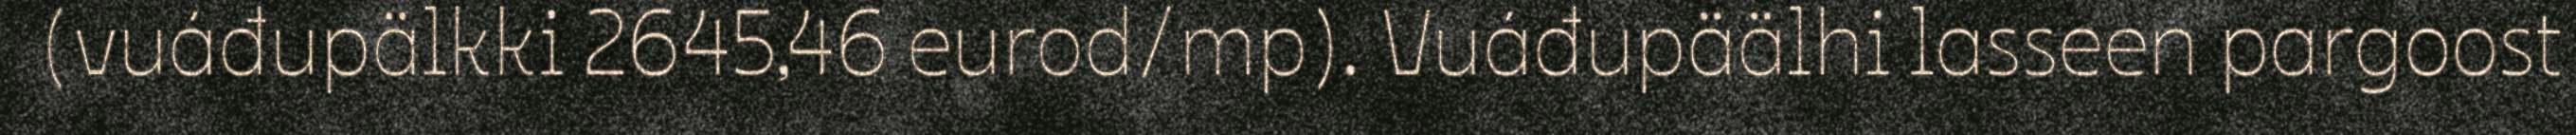
(vuáđupälkki 2645,46 eurod/mp). Vuáđupäälhi lasseen pargoost